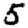
Digit: 5